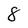
Character: 8